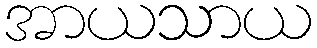
အာယသာယ